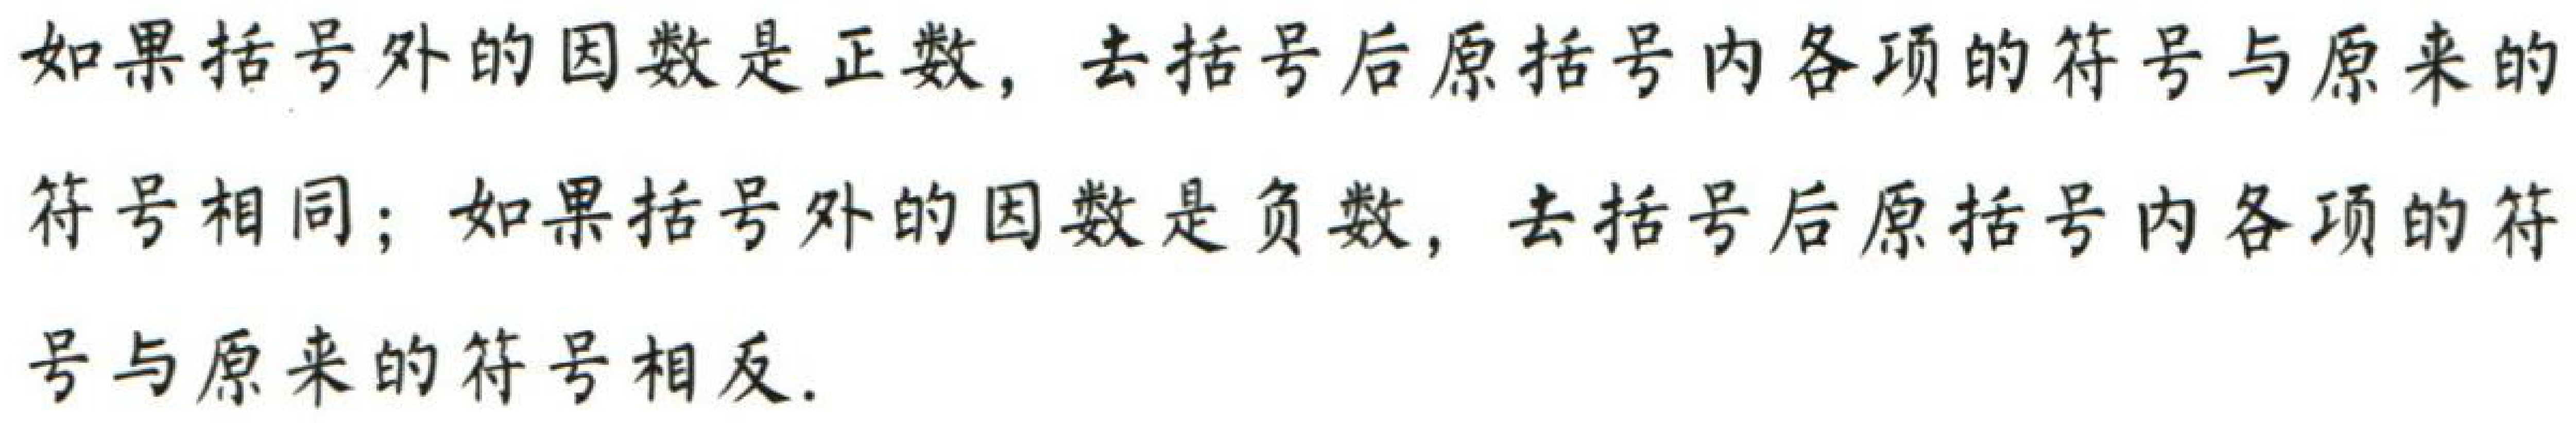
如果括号外的因数是正数，去括号后原括号内各项的符号与原来的符号相同；如果括号外的因数是负数，去括号后原括号内各项的符号与原来的符号相反.